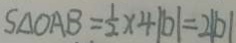
S _ { \Delta O A B } = \frac { 1 } { 2 } \times 4 \vert b \vert = 2 \vert b \vert